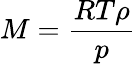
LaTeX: M=\frac{RT\rho}{p}